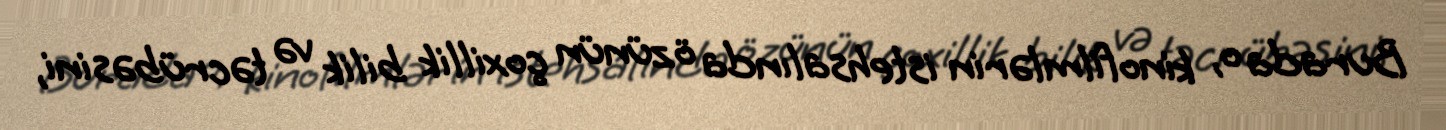
Burada o, kinofilmlərin istehsalında özünün çoxillik bilik və təcrübəsini,